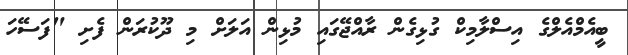
ބީއެމްއެލްގެ އިސްލާމިކް ގުޅިގެން ރާއްޖޭގައި މުޅިން އަލަށް މި ދޫކުރަން ފެށި "ފަސޭހަ